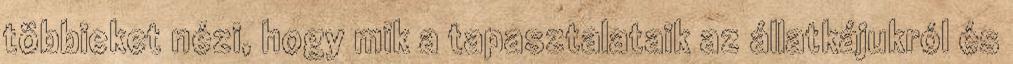
többieket nézi, hogy mik a tapasztalataik az állatkájukról és